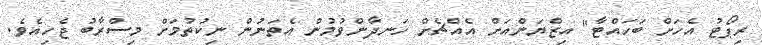
ރިޕޯޓު އެހަށް ބަހައްޓާ" އިޒްޔަންއަށް އެއްޗެށް ހަނދާންވުމުން އެތަނުން ނިކުތުމަށް މިސްރާބު ޖެހިއެވެ.